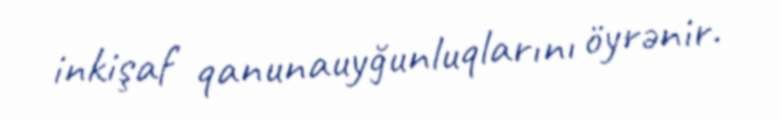
inkişaf qanunauyğunluqlarını öyrənir.